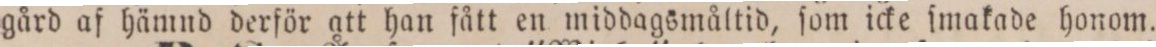
gård af hämnd derför att han fått en middagsmåltid, ſom icke ſmakade honom.